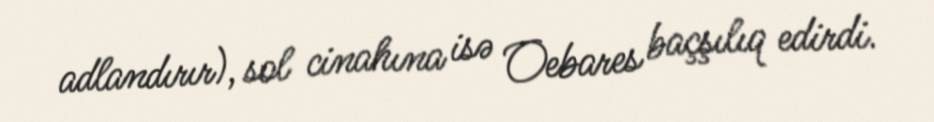
adlandırır), sol cinahına isə Oebares baçşılıq edirdi.